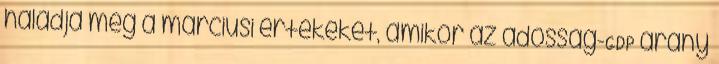
haladja meg a márciusi értékeket, amikor az adósság-GDP arány